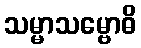
သမ္မာသမ္ဗောဓိ